Lunatic asylums United Prov. 1922-30 - 1922-1930
Year: 1922
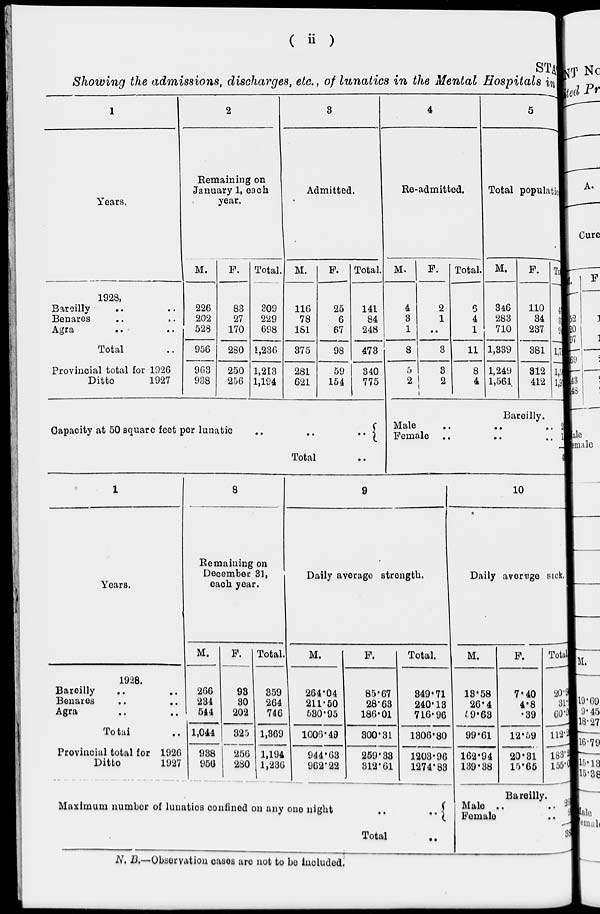
( ii )
STA
Showing the admissions, discharges, etc., of lunatics in the Mental Hospitals in
1
Years.
1928,
Bareilly .. ..
Benares .. ..
Agra
..
..
Total ..
Provincial total for 1926
Ditto
1927
2
Remaining on
January 1, each
year.
M.
226
202
528
956
963
938
F.
83
27
170
280
250
256
Total.
309
229
698
1,236
1,213
1,194
3
Admitted.
M.
116
78
161
375
281
621
F.
25
6
67
98
59
154
Total.
141
84
248
473
340
775
Capacity at 50 square feet per lunatic
..
..
..
Total ..
4
Re-admitted.
M.
4
3
1
8
5
2
F.
2
1
..
3
3
2
Total.
6
4
1
11
8
4
5
Total population
M.
346
283
710
1,339
1,249
1,561
F.
110
34
237
381
312
412
Total
456
317
947
1,720
1, 561
1,973
Bareilly.
Male .. .. ..
Female .. .. ..
2
1
3
1
Years.
1928.
Bareilly .. ..
Benares .. ..
Agra .. ..
Total ..
Provincial total for 1926
Ditto
1927
8
Remaining on
December 31,
each year.
M.
266
234
544
1,044
938
956
F.
93
30
202
325
256
280
Total.
359
264
746
1,369
1,194
1,236
9
Daily average strength.
M.
264.04
211.50
530.95
1006.49
944.63
962.22
F.
85.67
28.63
186.01
300.31
259.33
312.61
Total.
349.71
240.13
716.96
1306.80
1203.96
1274.83
Maximum number of lunatics confined on any one night
..
Total
10
Daily average sick.
M.
13.58
26.4
59.63
99.61
162.94
139.38
F.
7.40
4.8
.39
12.59
20.31
15.65
Total
20.98
31.2
60.2
112.2
183.25
155.03
Bareilly.
Male ..
.. 30
Female .. 8
38
N. B.—Observation cases are not to be included.